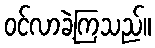
ဝင်လာခဲ့ကြသည်။